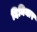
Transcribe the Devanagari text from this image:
दिनियार